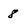
Character: 8